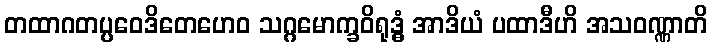
တထာဂတပ္ပဝေဒိတေဟေဝ သဂ္ဂမောက္ခဝိရုဒ္ဓံ အာဒိယံ ပထာဒီဟိ အသဝဏ္ဏာတိ